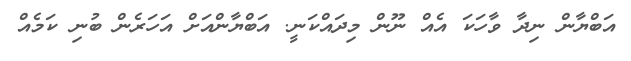
އަބްޔާން ނިދާ ވާހަކަ އެއް ނޫން މިދައްކަނީ. އަބްޔާންއަށް އަހަރެން ބުނި ކަމެއް